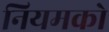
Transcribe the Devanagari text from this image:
नियमको